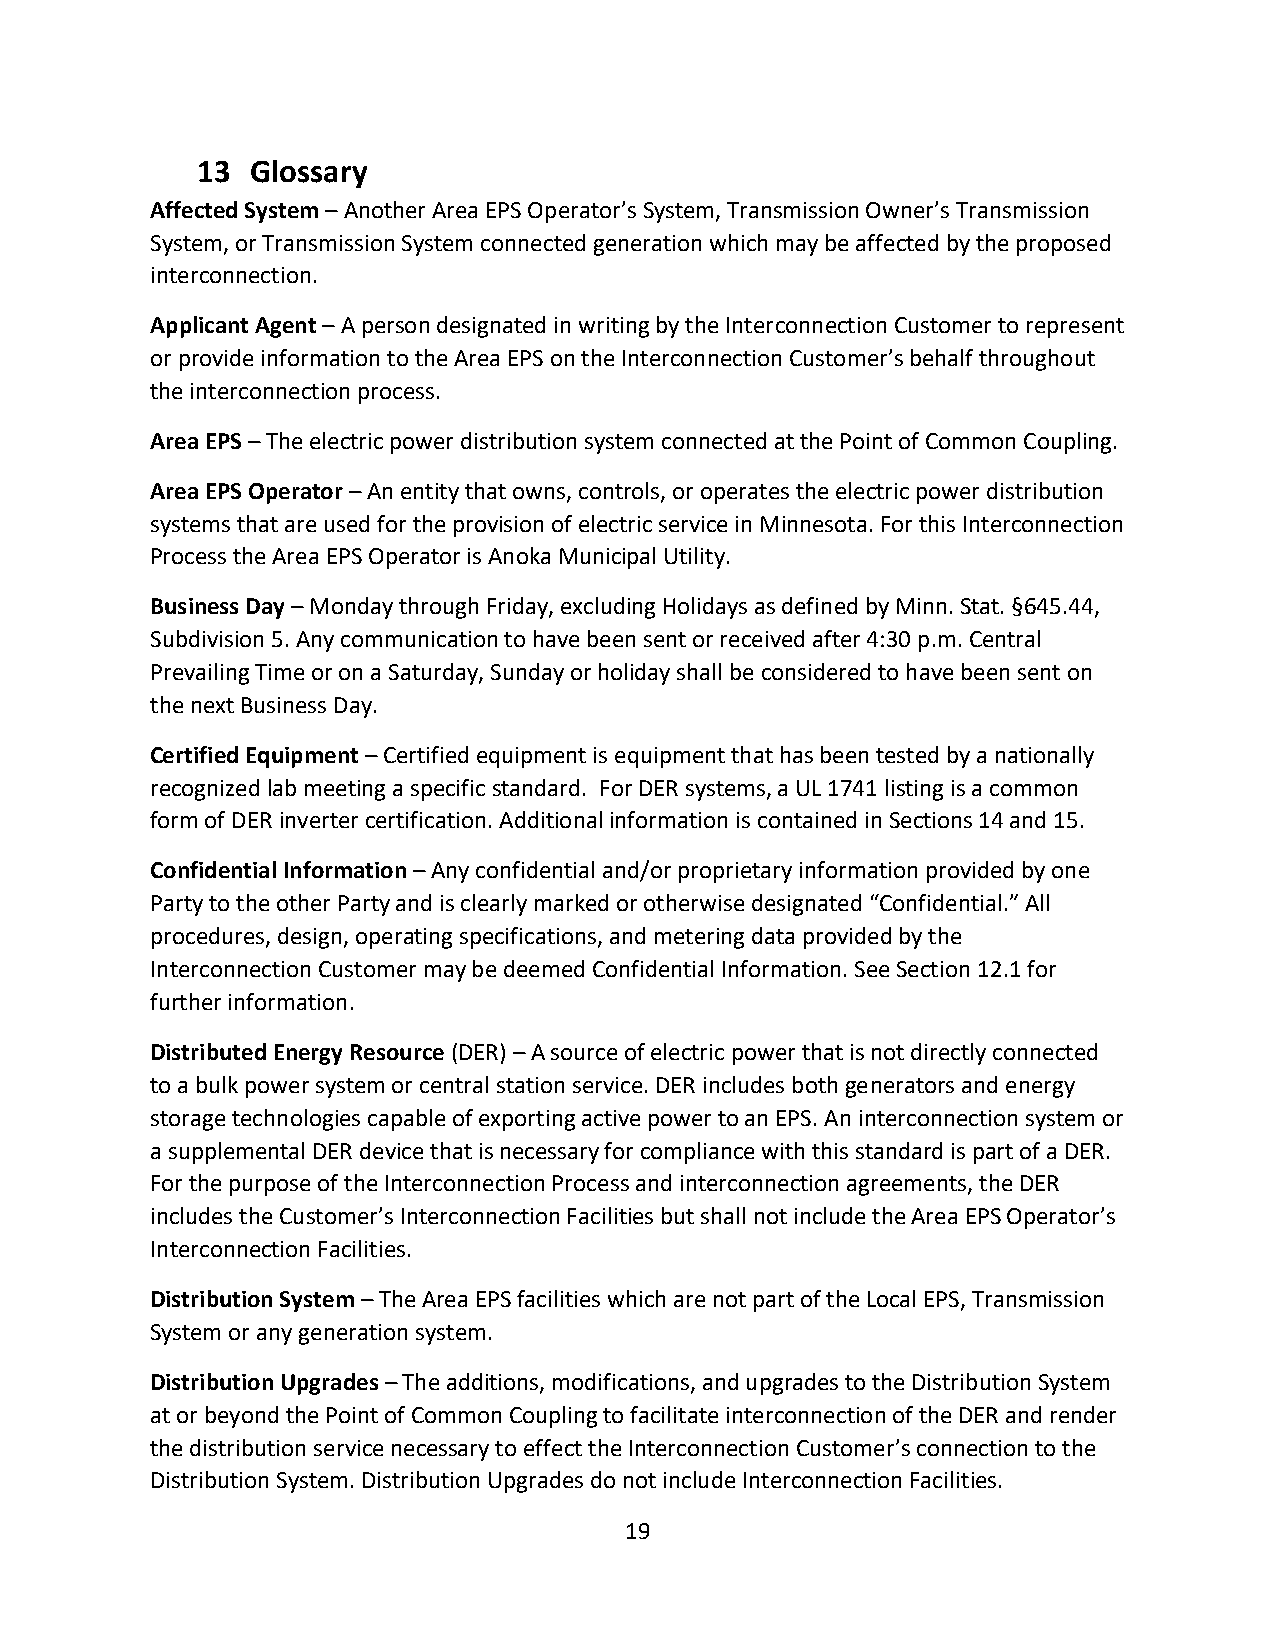
13  Glossary
 Affected System – Another Area EPS Operator’s System, Transmission Owner’s Transmission
 System, or Transmission System connected generation which may be affected by the proposed
 interconnection.
 Applicant Agent – A person designated in writing by the Interconnection Customer to represent
 or provide information to the Area EPS on the Interconnection Customer’s behalf throughout
 the interconnection process.
 Area EPS – The electric power distribution system connected at the Point of Common Coupling.
 Area EPS Operator – An entity that owns, controls, or operates the electric power distribution
 systems that are used for the provision of electric service in Minnesota. For this Interconnection
 Process the Area EPS Operator is Anoka Municipal Utility.
 Business Day – Monday through Friday, excluding Holidays as defined by Minn. Stat. §645.44,
 Subdivision 5. Any communication to have been sent or received after 4:30 p.m. Central
 Prevailing Time or on a Saturday, Sunday or holiday shall be considered to have been sent on
 the next Business Day.
 Certified Equipment – Certified equipment is equipment that has been tested by a nationally
 recognized lab meeting a specific standard. For DER systems, a UL 1741 listing is a common
 form of DER inverter certification. Additional information is contained in Sections 14 and 15.
 Confidential Information – Any confidential and/or proprietary information provided by one
 Party to the other Party and is clearly marked or otherwise designated “Confidential.” All
 procedures, design, operating specifications, and metering data provided by the
 Interconnection Customer may be deemed Confidential Information. See Section 12.1 for
 further information.
 Distributed Energy Resource (DER) – A source of electric power that is not directly connected
 to a bulk power system or central station service. DER includes both generators and energy
 storage technologies capable of exporting active power to an EPS. An interconnection system or
 a supplemental DER device that is necessary for compliance with this standard is part of a DER.
 For the purpose of the Interconnection Process and interconnection agreements, the DER
 includes the Customer’s Interconnection Facilities but shall not include the Area EPS Operator’s
 Interconnection Facilities.
 Distribution System – The Area EPS facilities which are not part of the Local EPS, Transmission
 System or any generation system.
 Distribution Upgrades – The additions, modifications, and upgrades to the Distribution System
 at or beyond the Point of Common Coupling to facilitate interconnection of the DER and render
 the distribution service necessary to effect the Interconnection Customer’s connection to the
 Distribution System. Distribution Upgrades do not include Interconnection Facilities.
 19